Report of the Bombay Plague Committee
Disease focus: Plague
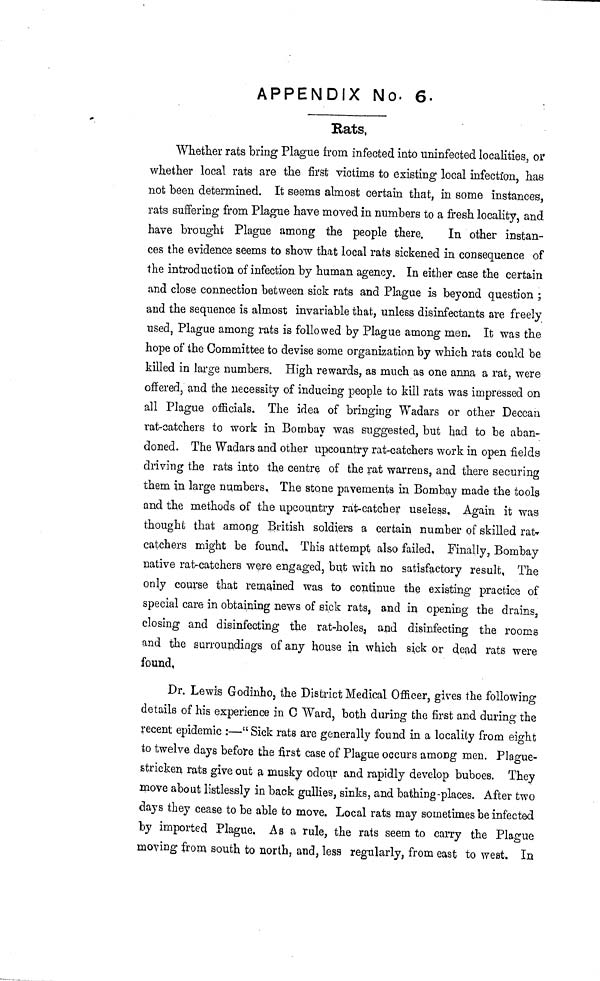
APPENDIX No. 6.
Bats,
Whether rats bring Plague from infected into uninfected localities, or
whether local rats are the first victims to existing local infection, has
not been determined. It seems almost certain that, in some instances,
rats suffering from Plague have moved in numbers to a fresh locality, and
have brought Plague among the people there.
In other instan-
ces the evidence seems to show that local rats sickened in consequence of
the introduction of infection by human agency. In either case the certain
and close connection between sick rats and Plague is beyond question ;
and the sequence is almost invariable that, unless disinfectants are freely
used, Plague among rats is followed by Plague among men. It was the
hope of the Committee to devise some organization by which rats could be
killed in large numbers. High rewards, as much as one anna a rat, were
offered, and the necessity of inducing people to kill rats was impressed on
all Plague officials. The idea of bringing Wadars or other Deccan
rat-catchers to work in Bombay was suggested, but had to be aban-
doned. The Wadars and other upcountry rat-catchers work in open fields
driving the rats into the centre of the rat warrens, and there securing
them in large numbers. The stone pavements in Bombay made the tools
and the methods of the upcountry rat-catcher useless. Again it wa.s
thought that among British soldiers a certain number of skilled rai>
catchers might be found. This attempt also failed. Finally, Bombay
native rat-catchers were engaged, but with no satisfactory result, The
only course that remained was to continue the existing practice of
special care in obtaining news of sick rats, and in opening the drains,
closing and disinfecting the rat-holes, and disinfecting the rooms
and the surroundings of any house in which sick or dead rats were
found,
Dr. Lewis Godinho, the District Medical Officer, gives the following
details of his experience in C Ward, both during the first and during the
recent epidemic :—" Sick rats are generally found in a locality from eight
to twelve days before the first case of Plague occurs among men. Plague-
stricken rats give out a musky odour and rapidly develop buboes. They
move about listlessly in back gullies, sinks, and bathing-places. After two
days they cease to be able to move. Local rats may sometimes be infected
by imported Plague. As a rule, the rats seem to carry the Plague
moving from south to north, and, less regularly, from east to west. In